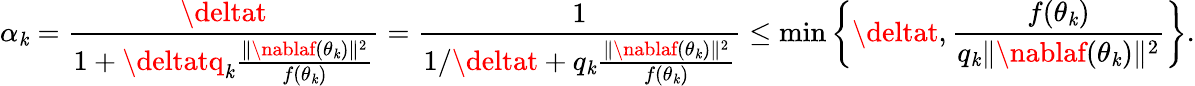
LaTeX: \alpha_{\mathit{k}}=\frac{{\deltat}}{{1+\deltatq_{\mathit{k}}\frac{{\| \nablaf(\theta_{\mathit{k}})\| ^{2}}}{{f(\theta_{\mathit{k}})}}}}=\frac{{1}}{{1/\deltat+q_{\mathit{k}}\frac{{\| \nablaf(\theta_{\mathit{k}})\| ^{2}}}{{f(\theta_{\mathit{k}})}}}}\leq\operatorname*{min}\left\{ \deltat,\frac{{f(\theta_{\mathit{k}})}}{{q_{\mathit{k}}\| \nablaf(\theta_{\mathit{k}})\| ^{2}}}\right\} .